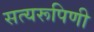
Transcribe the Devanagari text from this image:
सत्यरूपिणी